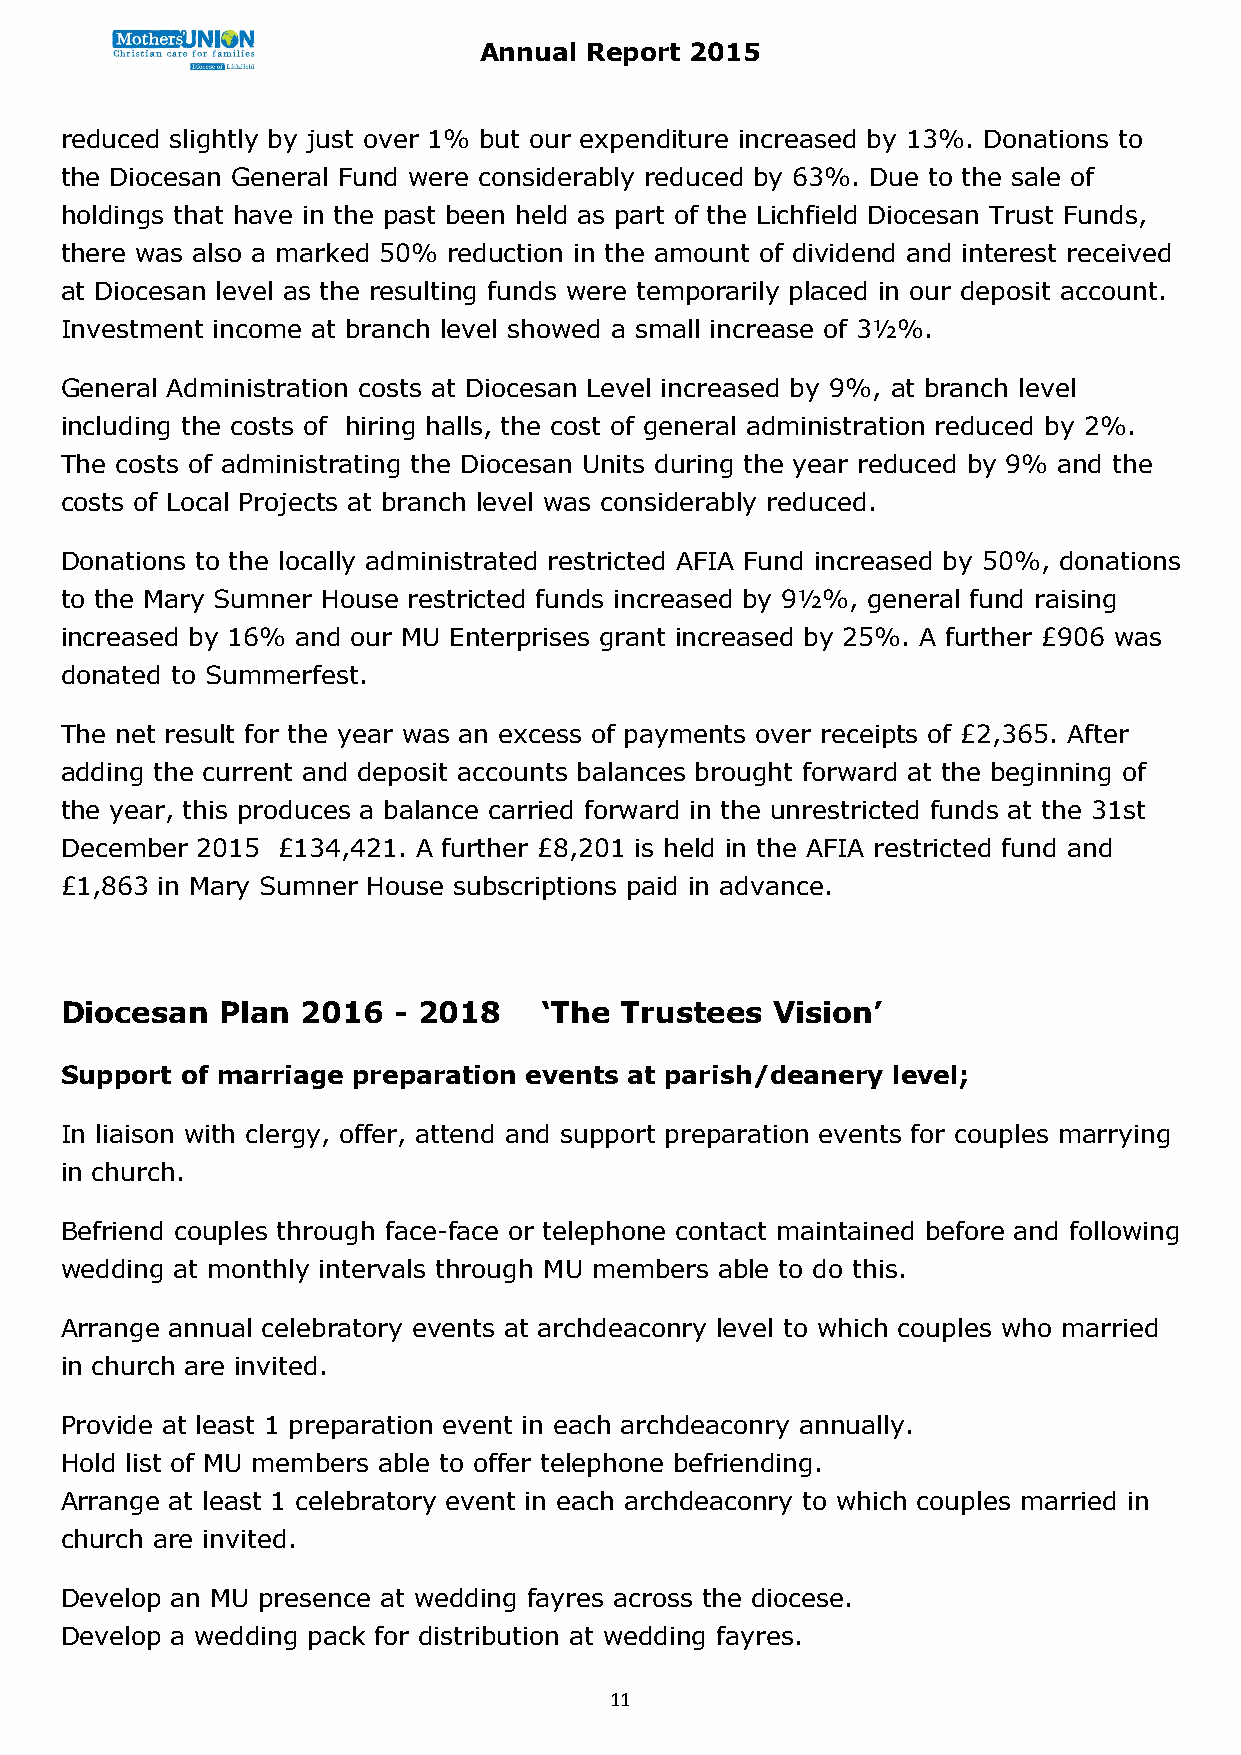
Annual Report 2015
 reduced slightly by just over 1% but our expenditure increased by 13%. Donations to
 the Diocesan General Fund were considerably reduced by 63%. Due to the sale of
 holdings that have in the past been held as part of the Lichfield Diocesan Trust Funds,
 there was also a marked 50% reduction in the amount of dividend and interest received
 at Diocesan level as the resulting funds were temporarily placed in our deposit account.
 Investment income at branch level showed a small increase of 3½%.
 General Administration costs at Diocesan Level increased by 9%, at branch level
 including the costs of hiring halls, the cost of general administration reduced by 2%.
 The costs of administrating the Diocesan Units during the year reduced by 9% and the
 costs of Local Projects at branch level was considerably reduced.
 Donations to the locally administrated restricted AFIA Fund increased by 50%, donations
 to the Mary Sumner House restricted funds increased by 9½%, general fund raising
 increased by 16% and our MU Enterprises grant increased by 25%. A further £906 was
 donated to Summerfest.
 The net result for the year was an excess of payments over receipts of £2,365. After
 adding the current and deposit accounts balances brought forward at the beginning of
 the year, this produces a balance carried forward in the unrestricted funds at the 31st
 December 2015 £134,421. A further £8,201 is held in the AFIA restricted fund and
 £1,863 in Mary Sumner House subscriptions paid in advance.
 Diocesan   Plan 2016  - 2018    ‘The Trustees  Vision’
 Support of marriage preparation events at parish/deanery level;
 In liaison with clergy, offer, attend and support preparation events for couples marrying
 in church.
 Befriend couples through face-face or telephone contact maintained before and following
 wedding at monthly intervals through MU members able to do this.
 Arrange annual celebratory events at archdeaconry level to which couples who married
 in church are invited.
 Provide at least 1 preparation event in each archdeaconry annually.
 Hold list of MU members able to offer telephone befriending.
 Arrange at least 1 celebratory event in each archdeaconry to which couples married in
 church are invited.
 Develop an MU presence at wedding fayres across the diocese.
 Develop a wedding pack for distribution at wedding fayres.
 11